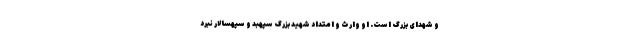
و شهدای بزرگ است. او وارث و امتداد شهید بزرگ سپهبد و سپهسالار نبرد